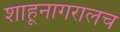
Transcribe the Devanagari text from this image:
शाहूनागरालच